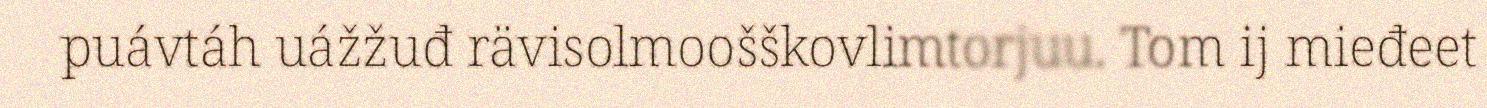
puávtáh uážžuđ rävisolmoošškovlimtorjuu. Tom ij mieđeet